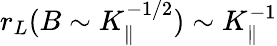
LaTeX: r_{L}(B\sim K_{\parallel}^{-1/2})\sim K_{\parallel}^{-1}